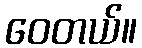
ဝေတယ်။